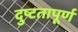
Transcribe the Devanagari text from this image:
दुष्टतापूर्ण